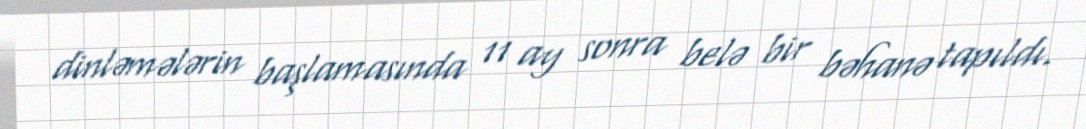
dinləmələrin başlamasında 11 ay sonra belə bir bəhanə tapıldı.